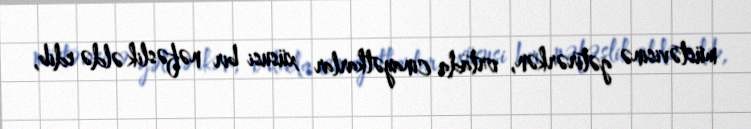
müstəvisinə gətirərkən, ortada cinayətkarlar xüsusi bir nəfəslik əldə edib,